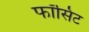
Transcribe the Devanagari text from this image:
फॉसिट